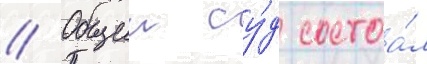
// Общии су́д состоа́л